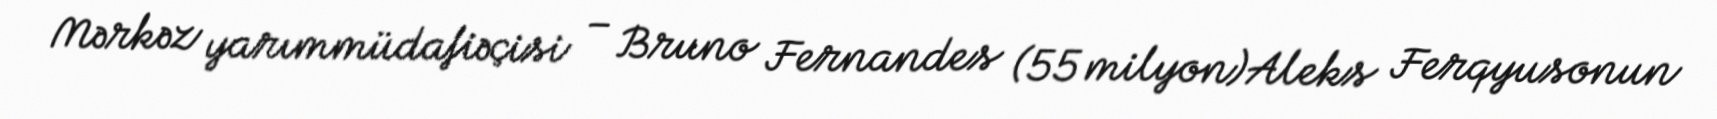
Mərkəz yarımmüdafiəçisi – Bruno Fernandes (55 milyon)Aleks Ferqyusonun